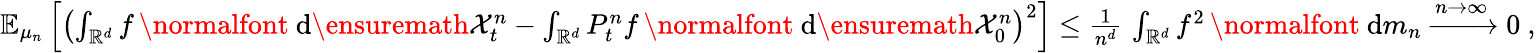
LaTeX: \begin{array}{r}{{\mathbb E}_{\mu_{n}}\left[\left(\int_{{\mathbb R}^{d}}f\, \mathrm{\normalfont~d}\ensuremath{\mathcal X}_{t}^{n}-\int_{{\mathbb R}^{d}}P_{t}^{n}f\, \mathrm{\normalfont~d}\ensuremath{\mathcal X}_{0}^{n}\right)^{2}\right]\le\frac{1}{n^{d}}\, \int_{{\mathbb R}^{d}}f^{2}\, \mathrm{\normalfont~d}m_{n}\xrightarrow{n\to\infty}0\ ,}\end{array}